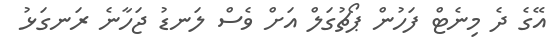
އޭގެ ދެ މިނެޓް ފަހުން ޕޯޗުގަލް އަށް ވެސް ލަނޑު ޖަހާނެ ރަނގަޅު